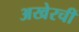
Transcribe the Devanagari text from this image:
अखेरचीं